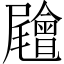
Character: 𡳳